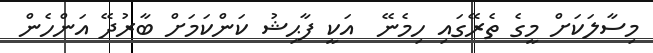
މިސާލަކަށް މީގެ ތެރޭގައި ހިމެނޭ  އަކީ ފާޙިޝު ކަންކަމަށް ބާރުދޭ އަންހެން